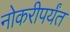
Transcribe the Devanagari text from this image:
नोकरीपर्यंत